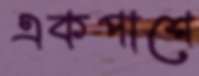
একপাশে